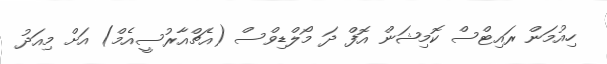
ހިއުމަން ރައިޓްސް ކޮމިޝަން އޮފް ދަ މޯލްޑިވްސް (އެޗްއާރުސީއެމް) އަށް މިއަދު